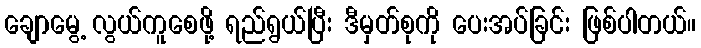
ချောမွေ့ လွယ်ကူစေဖို့ ရည်ရွယ်ပြီး ဒီမှတ်စုကို ပေးအပ်ခြင်း ဖြစ်ပါတယ်။